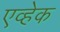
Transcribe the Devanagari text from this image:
एव्हेक